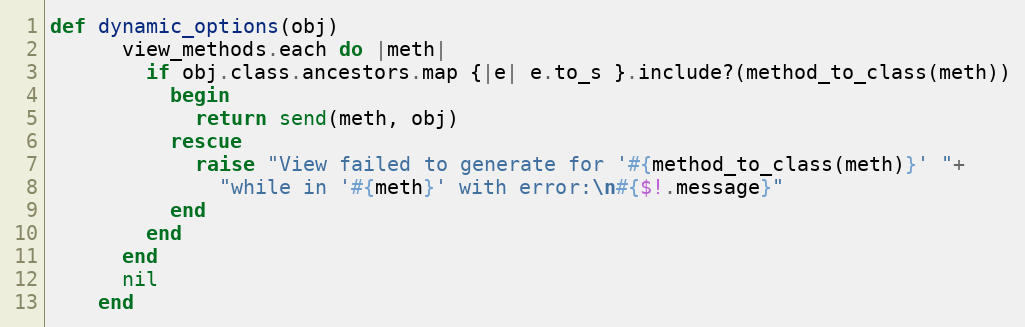
Language: Ruby
def dynamic_options(obj)
      view_methods.each do |meth|
        if obj.class.ancestors.map {|e| e.to_s }.include?(method_to_class(meth))
          begin
            return send(meth, obj)
          rescue
            raise "View failed to generate for '#{method_to_class(meth)}' "+
              "while in '#{meth}' with error:\n#{$!.message}"
          end
        end
      end
      nil
    end